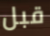
قبل